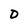
Character: D